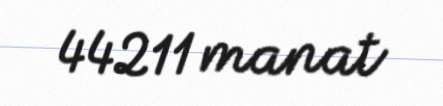
44211 manat